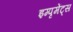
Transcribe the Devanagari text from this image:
इम्पृमेंट्स